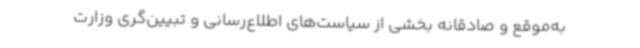
به‌موقع و صادقانه بخشی از سیاست‌های اطلاع‌رسانی و تبیین‌گری وزارت